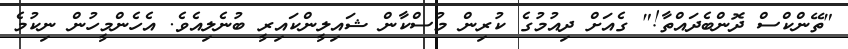
"ތޭންކްސް ދޮންބެދައްތާ!" ގެއަށް ދިއުމުގެ ކުރިން މުސްކާން ޝައިލީންކައިރީ ބުނެލިއެވެ. އެހެންމީހުން ނިކުމެ